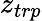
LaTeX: z_{trp}